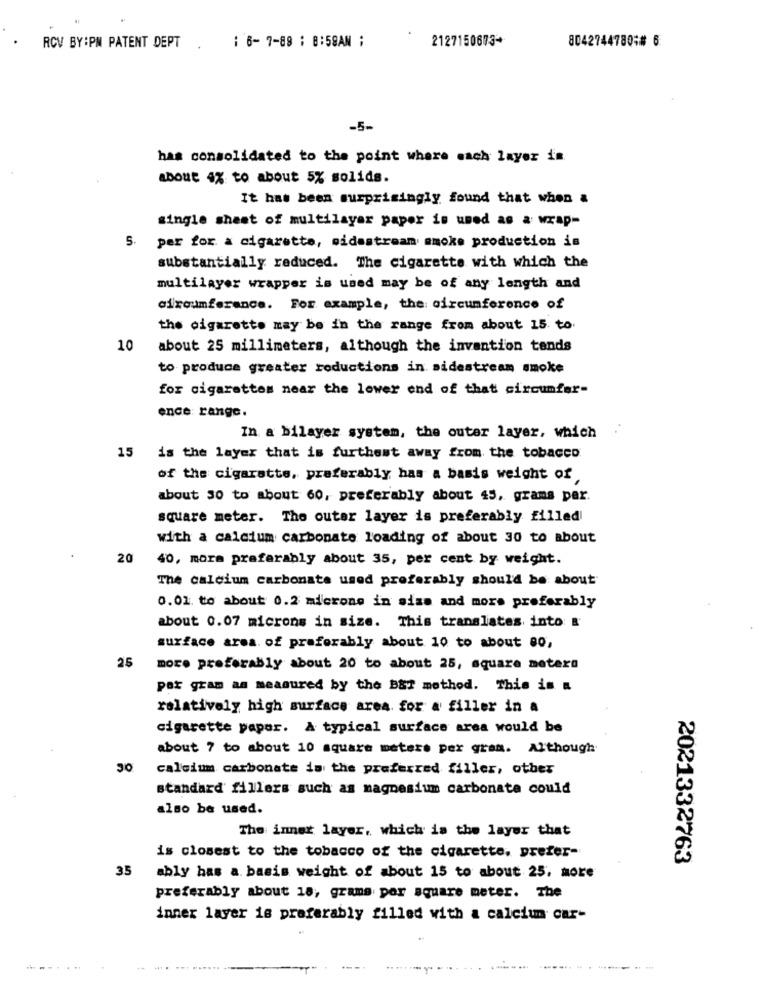
: 6-7-88 : 8:58AN ;
2127150673+
8042744780;# 6
RCV BY:PM PATENT DEPT
-5-
has consolidated to the point where each layer in
about 4% to about 5% solids.
It has been surprisingly found that when a
single sheet of multilayer paper is used as a wrap-
per for a cigarette, midastream smoke production is
substantially reduced. The cigarette with which the
multilayer wrapper is used may be of any length and
circumference. For example, the circumference of
the cigarette may be in the range from about 15 to.
10
about 25 millimeters, although the invention tends
to produce greater reductions in. sidestream smoke
for cigarettes near the lower end of that circumfer-
ence: range.
In a bilayer system, the outer layer, which
15 is the layer that is furthest away from the tobacco
of the cigarette, preferably has a basis weight of
about 30 to about 60, preferably about 45, grams per.
square meter. The outer layer is preferably filled
with a calcium carbonate loading of about 30 to about
20
40, mora preferably about 35, per cent by weight.
The calcium carbonate used preferably should be about
0.01. to about 0.2 microns in size and mors preferably
about 0.07 microns in size. This translates into &
surface area. of preferably about 10 to about 80,
25
more preferably about 20 to about 25, square meters
por gram as measured by the B&T method. This is a
relatively high surface area for a filler in a
cigarette paper. A typical surface area would be
about 7 to about 10 square meters per gram. Although
calcium carbonate da the preferred filler, other
standard fillers such as magnesium carbonate could
also be used.
The inner layer, which is the layer that
is closest to the tobacco of the cigarette. prefer-
2021332763
35
ably has a. basis weight of about 15 to about 25. more
preferably about 18; grams por square meter. The
inner layer is preferably filled with a calcium car-
......
--